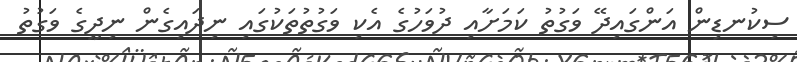
ސިކުނޑިން އަންގައިދޭ ވަގުތު ކަމަށާއި ދުވަހުގެ އެކި ވަގުތުތަކުގައި ނިދައިގެން ނިދީގެ ވަގުތު